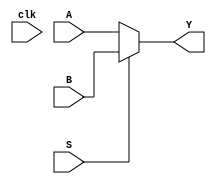
`timescale 1ns / 1ps
//////////////////////////////////////////////////////////////////////////////////
// Company: 
// Engineer: 
// 
// Design Name: 
// Module Name: mux_2_1
// Project Name: 
// Target Devices: 
// Tool Versions: 
// Description: 
// 
// Dependencies: 
// 
// Revision:
// Revision 0.01 - File Created
// Additional Comments:
// 
//////////////////////////////////////////////////////////////////////////////////


module mux_2_1_reg2loc(S,A,B,Y,clk);
input S,clk;
input [4:0] A,B;
output reg [4:0] Y;
always@(S or A or B)
begin
if(S==0)
Y=A;
else Y=B;
end
endmodule